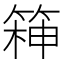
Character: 𮅧